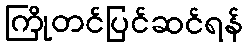
ကြိုတင်ပြင်ဆင်ရန်